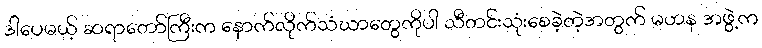
ဒါပေမယ့် ဆရာတော်ကြီးက နောက်လိုက်သံဃာတွေကိုပါ သီတင်းသုံးစေခဲ့တဲ့အတွက် မဟန အဖွဲ့က